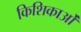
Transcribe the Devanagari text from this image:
किशिकाओं